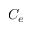
C _ { e }